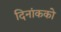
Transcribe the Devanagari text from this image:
दिनांकको